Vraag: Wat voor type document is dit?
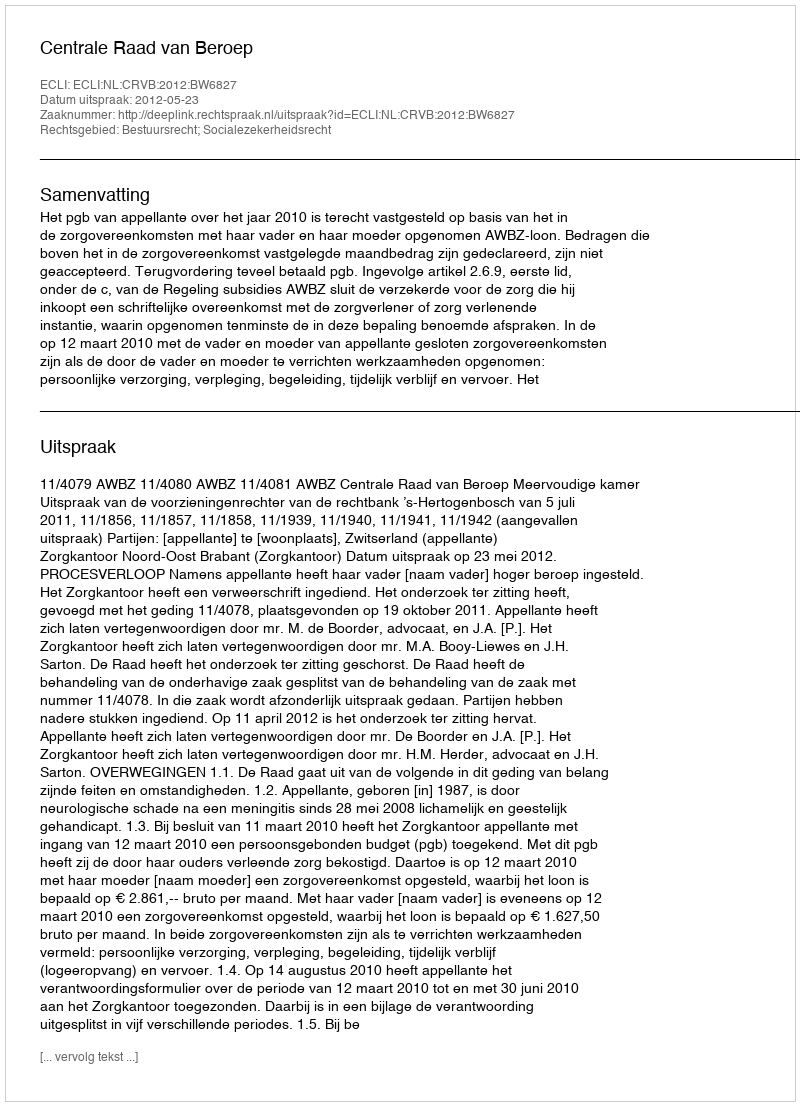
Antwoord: Uitspraak